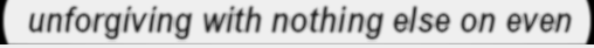
unforgiving with nothing else on even